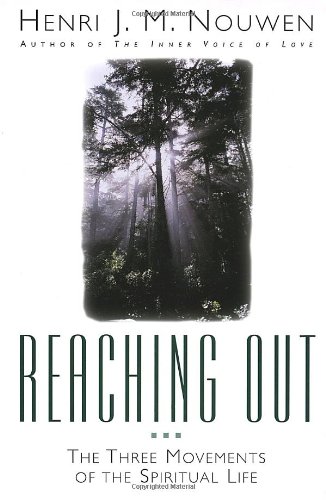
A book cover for Reaching Out: The Three Movements of the Spiritual Life; Henri J. M. Nouwen; Religion & Spirituality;